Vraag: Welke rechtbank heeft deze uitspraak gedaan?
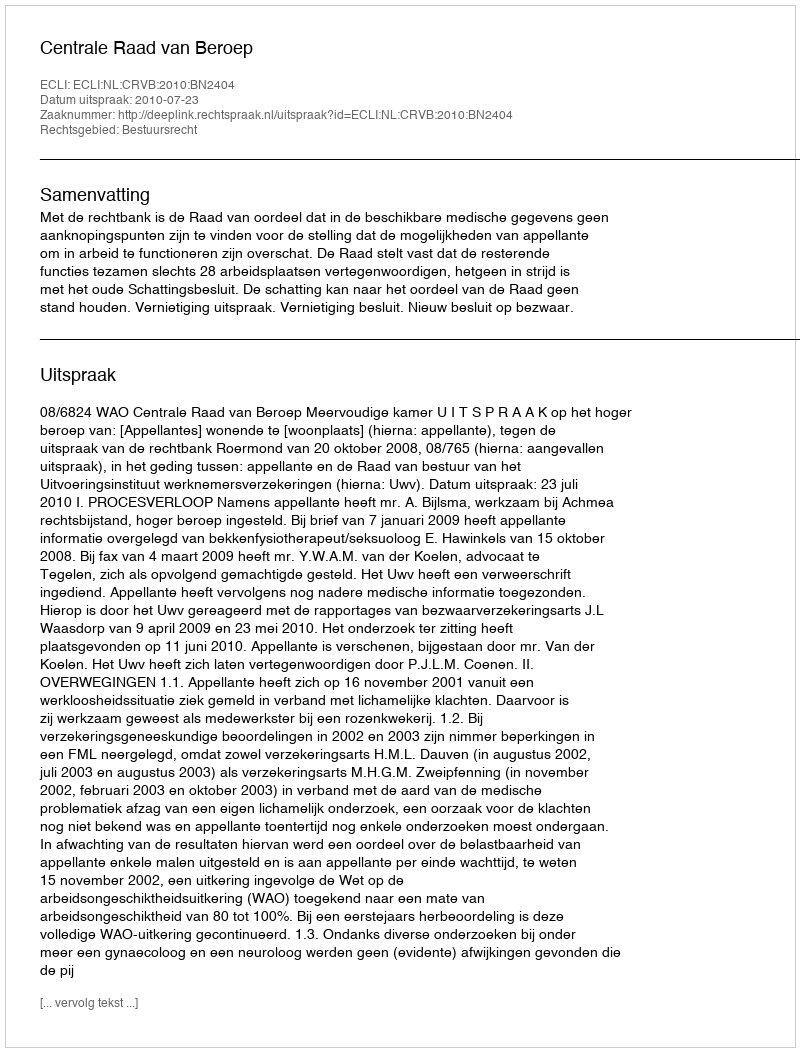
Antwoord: Centrale Raad van Beroep